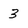
Character: 3